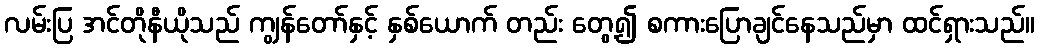
လမ်းပြ အင်တိုနီယိုသည် ကျွန်တော်နှင့် နှစ်ယောက် တည်း တွေ့၍ စကားပြောချင်နေသည်မှာ ထင်ရှားသည်။